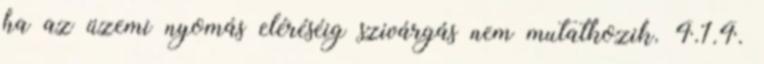
ha az üzemi nyomás eléréséig szivárgás nem mutatkozik. 4.1.4.